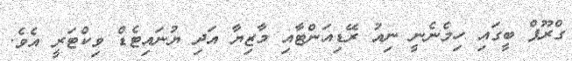
ގްރޫޕް ބީގައި ހިމެނެނީ ނިއު ރޭޑިއަންޓާއި މާޒިޔާ އަދި ޔުނައިޓެޑް ވިކްޓަރީ އެވެ.